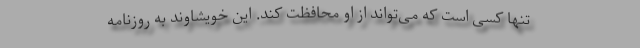
تنها کسی است که می‌تواند از او محافظت کند. این خویشاوند به روزنامه